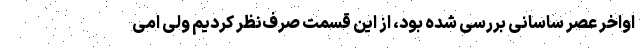
اواخر عصر ساسانی بررسی شده بود، از این قسمت صرف‌نظر کردیم ولی امی